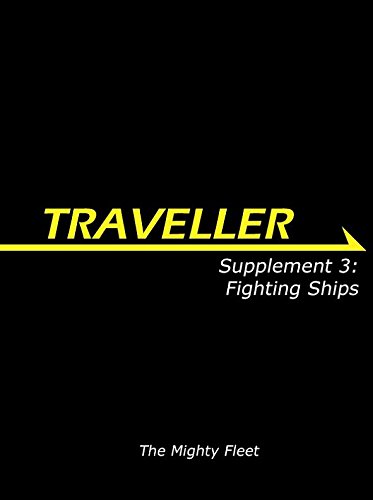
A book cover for Traveller Supplement 3: Fighting Ships (Traveller Sci-Fi Roleplaying); Bryan Steele; Science Fiction & Fantasy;